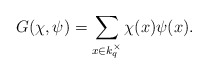
\begin{align*} G(\chi,\psi)=\sum_{x\in k_{q}^{\times}}\chi(x)\psi(x).\end{align*}